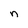
Character: n